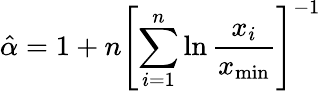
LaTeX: {\hat{\alpha}}=1+n\left[\sum_{i=1}^{n}\ln{\frac{x_{i}}{x_{\operatorname*{min}}}}\right]^{-1}